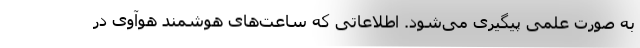
به صورت علمی پیگیری می‌شود. اطلاعاتی که ساعت‌های هوشمند هوآوی در